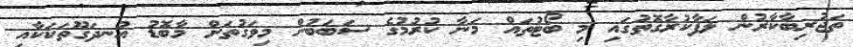
ތަޖުރިބާކާރުން ލަފާކުރާގޮތުގައި މި ބޯޓުތައް މަނާ ކުރުމުގެ ސަބަބުން މިވަގުތަށް މާބޮޑު އުނދަގޫތަކަކާއި